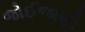
જોઈજાણી